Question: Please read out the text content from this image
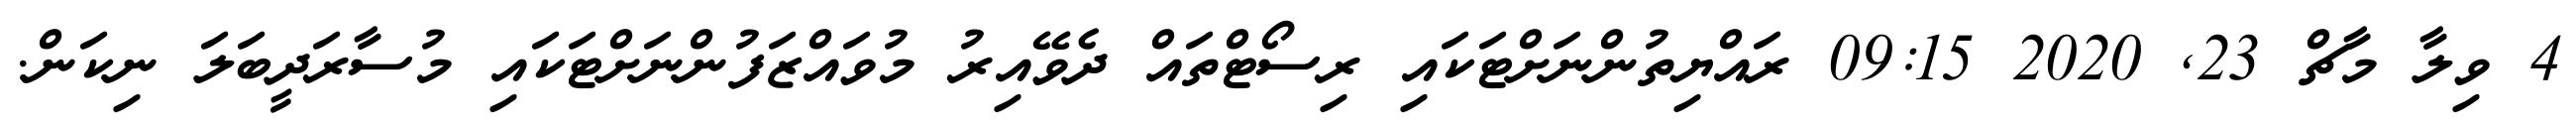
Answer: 4 ވިލާ މާޗް 23, 2020 09:15 ރައްޔިތުންނަށްޓަކައި ރިސޯޓްތައް ދެވޭއިރު މުވައްޒަފުންނަށްޓަކައި މުސާރަދީބަލަ ނިކަން.